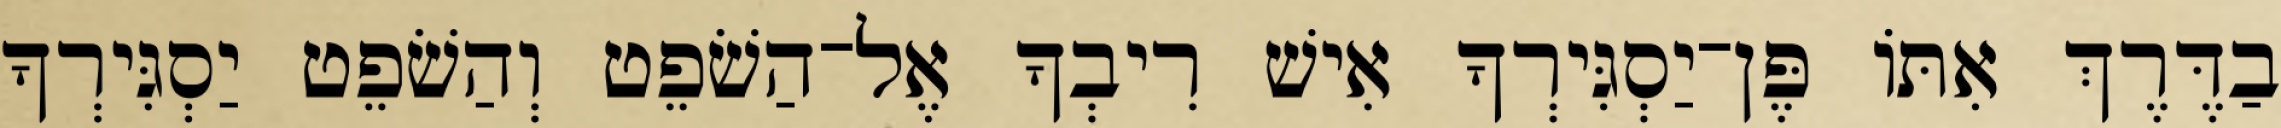
בַדֶּרֶךְ אִתּוֹ פֶּן־יַסְגִּירְךָ אִישׁ רִיבְךָ אֶל־הַשֹׁפֵט וְהַשֹׁפֵט יַסְגִּירְךָ